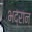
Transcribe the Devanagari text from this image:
भद्रान्